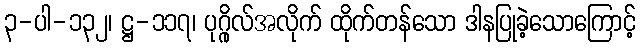
၃-ပါ-၁၃၂၊ ဋ္ဌ-၁၁၇၊ ပုဂ္ဂိုလ်အလိုက် ထိုက်တန်သော ဒါနပြုခဲ့သောကြောင့်